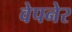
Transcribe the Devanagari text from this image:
वेपनेर